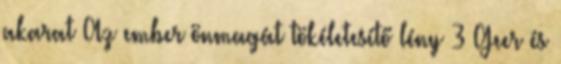
akarat Az ember önmagát tökéletesítő lény 3 Geer és